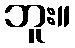
ဘူး။